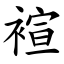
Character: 䙋